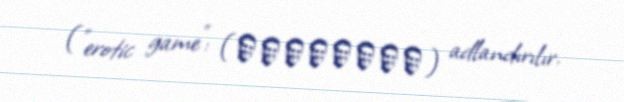
("erotic game": (エロチックゲーム) adlandırılır.